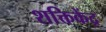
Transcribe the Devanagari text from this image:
शक्तिकेंद्र